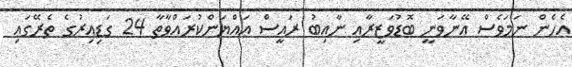
އެހެން ނަމަވެސް އޭނާވަނީ ބޮޑުވަޒީރާއި ނާއިބު ރައީސް އައްޔަންކުރައްވާތާ 24 ގަޑިއިރުގެ ތެރޭގައި